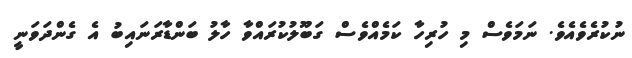
ނުކުރެވެއެވެ. ނަމަވެސް މި ހުރިހާ ކަމެއްވެސް ގަބޫލުކުރައްވާ ހާލު ބަންޑާރަނައިބު އެ ގެންދަވަނީ